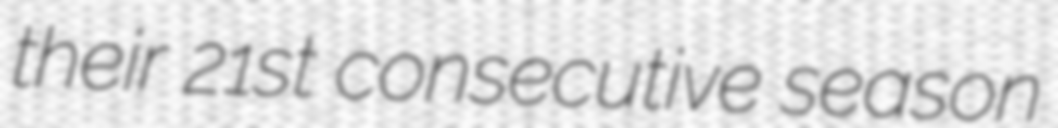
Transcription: their 21st consecutive season